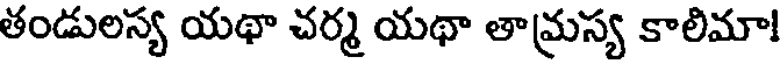
తండులస్య యథా చర్మ యథా తామ్రస్య కాలిమా!